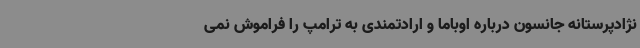
نژادپرستانه جانسون درباره اوباما و ارادتمندی به ترامپ را فراموش نمی